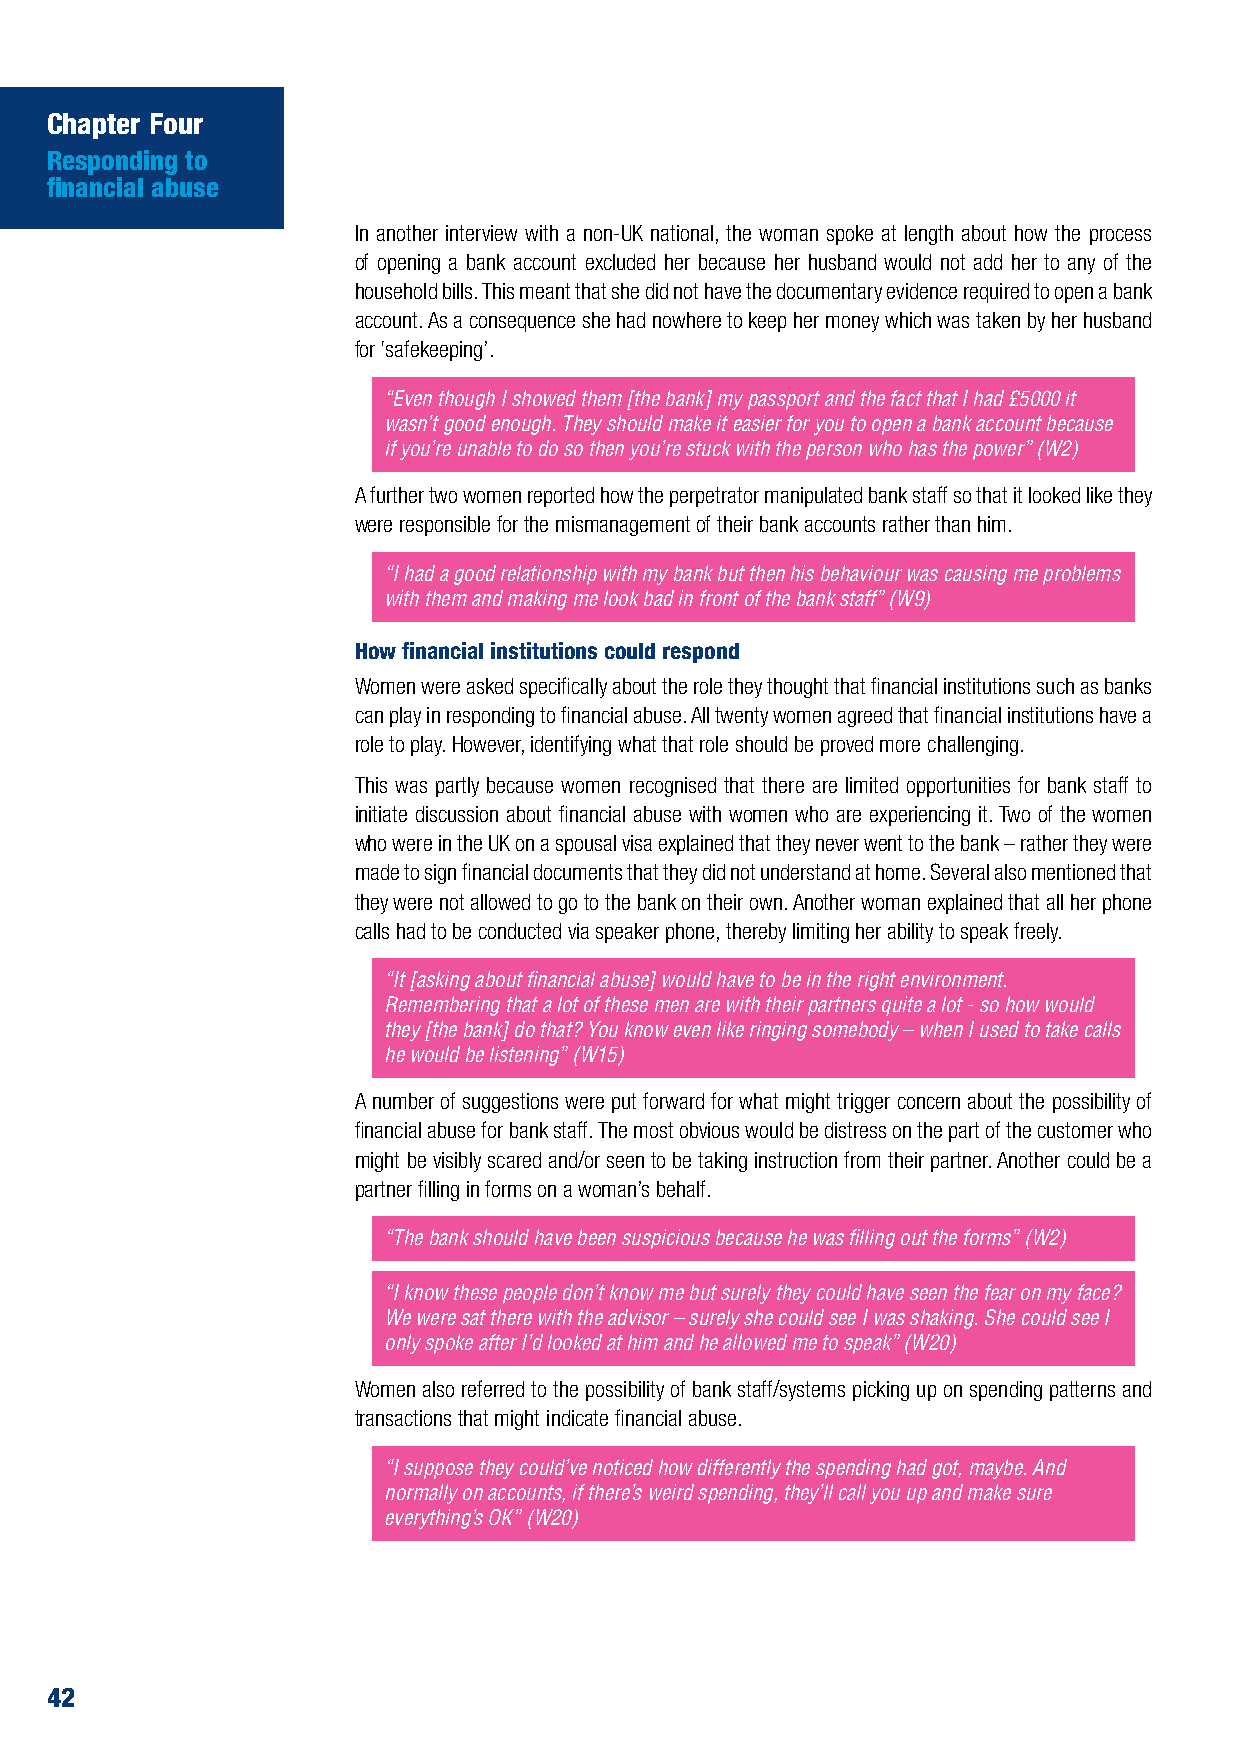
Chapter Four
 Responding to
 financial abuse
 In another interview with a non-UK national, the woman spoke at length about how the process
 of opening a bank account excluded her because her husband would not add her to any of the
 household bills. This meant that she did not have the documentary evidence required to open a bank
 account. As a consequence she had nowhere to keep her money which was taken by her husband
 for ‘safekeeping’.
 “Even though I showed them [the bank] my passport and the fact that I had £5000 it
 wasn’t good enough. They should make it easier for you to open a bank account because
 if you’re unable to do so then you’re stuck with the person who has the power” (W2)
 A further two women reported how the perpetrator manipulated bank staff so that it looked like they
 were responsible for the mismanagement of their bank accounts rather than him.
 “I had a good relationship with my bank but then his behaviour was causing me problems
 with them and making me look bad in front of the bank staff” (W9)
 How financial institutions could respond
 Women were asked specifically about the role they thought that financial institutions such as banks
 can play in responding to financial abuse. All twenty women agreed that financial institutions have a
 role to play. However, identifying what that role should be proved more challenging.
 This was partly because women recognised that there are limited opportunities for bank staff to
 initiate discussion about financial abuse with women who are experiencing it. Two of the women
 who were in the UK on a spousal visa explained that they never went to the bank – rather they were
 made to sign financial documents that they did not understand at home. Several also mentioned that
 they were not allowed to go to the bank on their own. Another woman explained that all her phone
 calls had to be conducted via speaker phone, thereby limiting her ability to speak freely.
 “It [asking about financial abuse] would have to be in the right environment.
 Remembering that a lot of these men are with their partners quite a lot - so how would
 they [the bank] do that? You know even like ringing somebody – when I used to take calls
 he would be listening” (W15)
 A number of suggestions were put forward for what might trigger concern about the possibility of
 financial abuse for bank staff. The most obvious would be distress on the part of the customer who
 might be visibly scared and/or seen to be taking instruction from their partner. Another could be a
 partner filling in forms on a woman’s behalf.
 “The bank should have been suspicious because he was filling out the forms” (W2)
 “I know these people don’t know me but surely they could have seen the fear on my face?
 We were sat there with the advisor – surely she could see I was shaking. She could see I
 only spoke after I’d looked at him and he allowed me to speak” (W20)
 Women also referred to the possibility of bank staff/systems picking up on spending patterns and
 transactions that might indicate financial abuse.
 “I suppose they could’ve noticed how differently the spending had got, maybe. And
 normally on accounts, if there’s weird spending, they’ll call you up and make sure
 everything’s OK” (W20)
 42